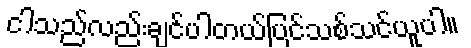
ငါသည်လည်းချင်ပါတယ်ပြင်သစ်သင်ယူပါ။